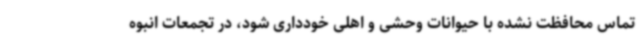
تماس محافظت نشده با حیوانات وحشی و اهلی خودداری شود، در تجمعات انبوه